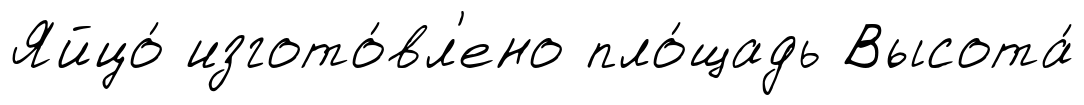
Яйцо́ изгото́вл'ено пло́щадь Высота́